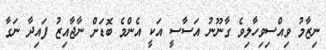
ނިޒާމު ވިއްސިވިހާލިވެ ގާނޫނު އަސާސީ އަކީ އެންމެ ބޮޑަށް ނާޖާއިޒު ފައިދާ ނަގާ